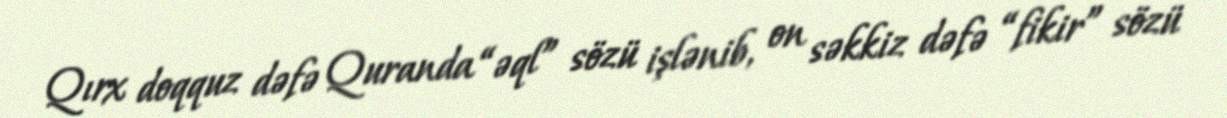
Qırx doqquz dəfə Quranda “əql” sözü işlənib, on səkkiz dəfə “fikir” sözü